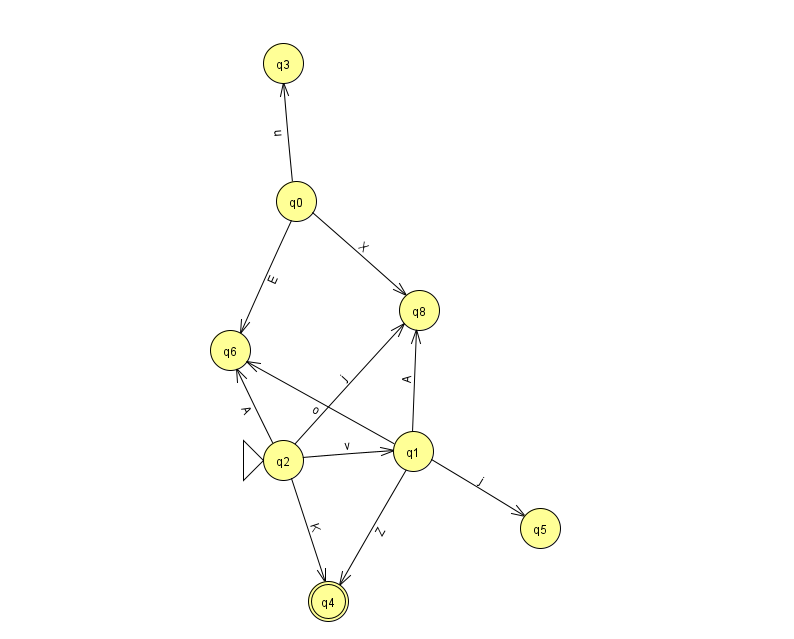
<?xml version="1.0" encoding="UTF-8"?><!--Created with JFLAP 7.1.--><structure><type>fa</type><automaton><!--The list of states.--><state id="0" name="q0"><x>296.0</x><y>188.0</y></state><state id="1" name="q1"><x>413.0</x><y>438.0</y></state><state id="2" name="q2"><x>283.0</x><y>447.0</y><initial/></state><state id="3" name="q3"><x>283.0</x><y>50.0</y></state><state id="4" name="q4"><x>328.0</x><y>588.0</y><final/></state><state id="5" name="q5"><x>540.0</x><y>515.0</y></state><state id="6" name="q6"><x>230.0</x><y>337.0</y></state><state id="8" name="q8"><x>419.0</x><y>297.0</y></state><!--The list of transitions.--><transition><from>2</from><to>6</to><read>A</read></transition><transition><from>2</from><to>8</to><read>j</read></transition><transition><from>2</from><to>1</to><read>v</read></transition><transition><from>1</from><to>5</to><read>j</read></transition><transition><from>0</from><to>6</to><read>E</read></transition><transition><from>1</from><to>6</to><read>o</read></transition><transition><from>2</from><to>4</to><read>K</read></transition><transition><from>1</from><to>8</to><read>A</read></transition><transition><from>0</from><to>3</to><read>u</read></transition><transition><from>0</from><to>8</to><read>X</read></transition><transition><from>1</from><to>4</to><read>Z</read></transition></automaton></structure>